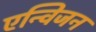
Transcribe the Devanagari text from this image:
एन्विजन